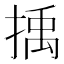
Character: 𢯺